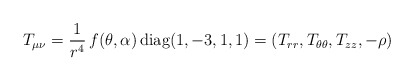
\begin{align*} T_{\mu\nu}=\frac{1}{r^4}\, f(\theta, \alpha)\,\mbox{diag}(1, -3, 1, 1)=(T_{rr}, T_{\theta\theta}, T_{zz}, -\rho)\end{align*}